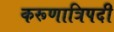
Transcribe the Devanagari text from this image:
करूणात्रिपदी